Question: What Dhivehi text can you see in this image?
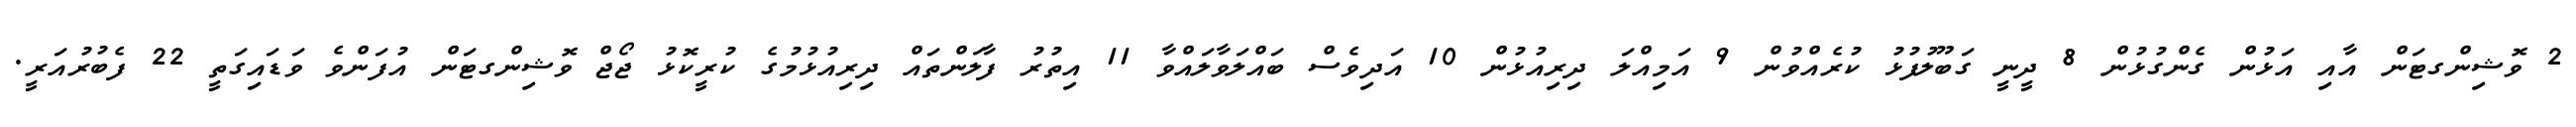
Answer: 2 ވޮޝިންގޓަން އާއި އަޅުން ގެންގުޅުން 8 ދީނީ ގަބޫލުފުޅު ކުރެއްވުން 9 އަމިއްލަ ދިރިއުޅުން 10 އަދިވެސް ބައްލަވާލައްވާ 11 އިތުރު ފާލަންތައް ދިރިއުޅުމުގެ ކުރީކޮޅު ޖޯޖް ވޮޝިންގޓަން އުފަންވެ ވަޑައިގަތީ 22 ފެބުރުއަރީ.